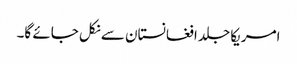
امریکا جلد افغانستان سے نکل جائے گا۔